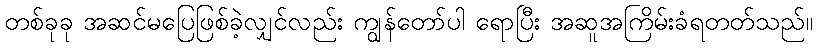
တစ်ခုခု အဆင်မပြေဖြစ်ခဲ့လျှင်လည်း ကျွန်တော်ပါ ရောပြီး အဆူအကြိမ်းခံရတတ်သည်။